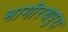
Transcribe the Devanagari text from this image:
भागीरथपुरा